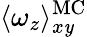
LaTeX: \langle\omega_{z}\rangle_{x\mathit{y}}^{\mathrm{{MC}}}